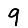
Digit: 9